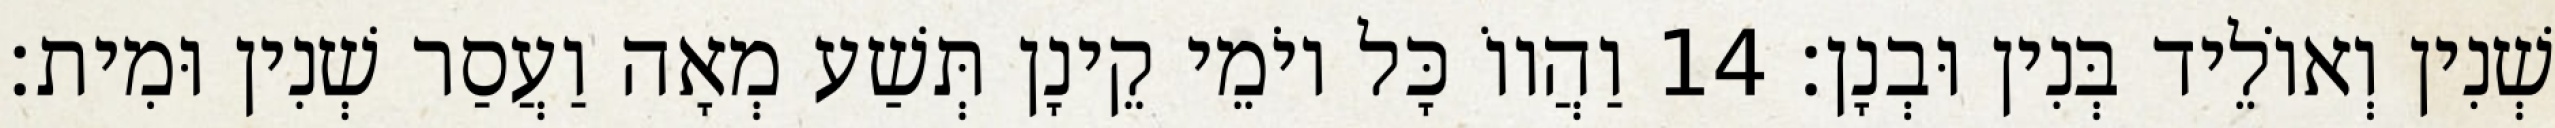
שְׁנִין וְאוֹלֵיד בְּנִין וּבְנָן׃ 14 וַהֲווֹ כָּל יוֹמֵי קֵינָן תְּשַׁע מְאָה וַעֲסַר שְׁנִין וּמִית׃